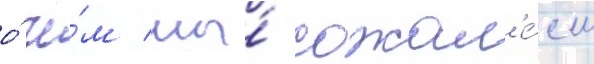
о́ че́м мы́ сожал'е́ем